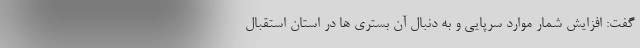
گفت: افزایش شمار موارد سرپایی و به دنبال آن بستری ها در استان استقبال